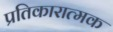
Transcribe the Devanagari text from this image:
प्रतिकारात्मक